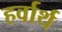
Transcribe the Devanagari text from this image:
हर्वार्थ